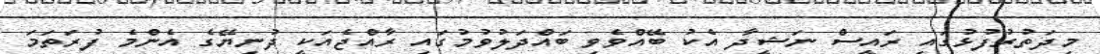
މިދަތުރުފުޅުގައި ރައީސް ނަޝީދާ އެކު ބޭއްވެވި ބައްދަލުވުމުގައި ރާއްޖެއަކީ ދުނިޔޭގެ އެންމެ ފުރަތަމަ